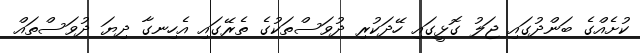
ކުށެއްގެ ބަންދުގައި ޖަލު ގޮޅީގައި ހޭދަކުރި ދުވަސްތަކުގެ ތެރޭގައި އެހިނގާ ދިޔަ ދުވަސްތައް